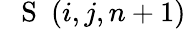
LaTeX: \mathrm{~{~\mathbf~S~}~}(i,j,n+1)